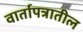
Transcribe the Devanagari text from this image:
वार्तापत्रातील